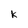
Character: k